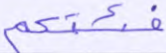
فئتكم